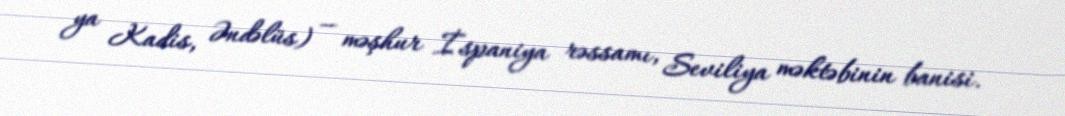
ya Kadis, Əndəlüs) — məşhur İspaniya rəssamı, Seviliya məktəbinin banisi.